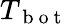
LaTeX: T_{\mathrm{~b~o~t~}}